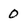
Character: 0